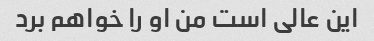
این عالی است من او را خواهم برد